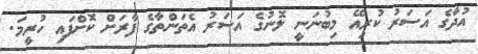
އުދާގެ އަސަރު ކުރިއޭ މިބުނަނީ ލޮނުގެ އަސަރު އެތަންތާގެ ފާރަށް ކޮށްފައި ހުރީމަ.